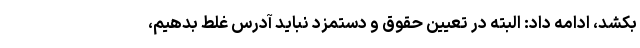
بکشد، ادامه داد: البته در تعیین حقوق و دستمزد نباید آدرس غلط بدهیم،